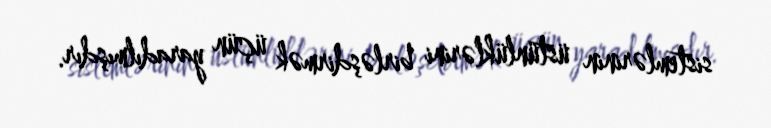
sistemlərinin üstünlüklərini birləşdirmək üçün yaradılmışdır.